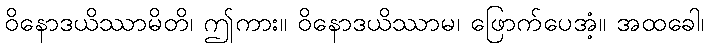
ဝိနောဒယိဿာမိတိ၊ ဤကား။ ဝိနောဒယိဿာမ၊ ဖြောက်ပေအံ့။ အထခေါ၊